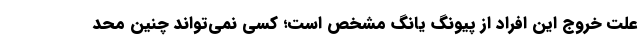
علت خروج این افراد از پیونگ یانگ مشخص است؛ کسی نمی‌تواند چنین محد